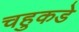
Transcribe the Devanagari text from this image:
चहुकडे